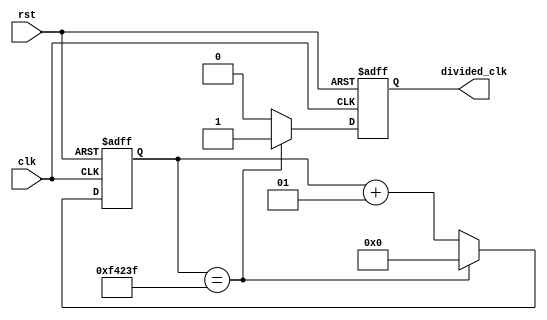
`timescale 1ns / 1ps
module M_CLOCK_DIVIDER #(
	parameter div_value = 1_000_000
)

(
input clk,
input rst,
output reg divided_clk = 0
);


integer counter = 0;

always@(posedge clk, posedge rst)
begin
	if(rst) begin
		counter <= 0;
		divided_clk <= 0;
		end
	else if (counter == (div_value-1)) begin
		divided_clk <= 1;
		counter <= 0;
		
		end
	else begin
		counter <= counter + 1;
		divided_clk <= 0;
		end
		
end



endmodule